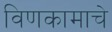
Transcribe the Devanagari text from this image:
विणकामाचे